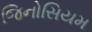
જિનોસિયમ